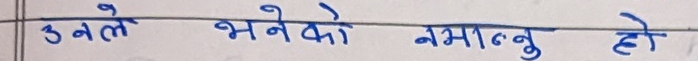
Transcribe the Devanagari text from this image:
उनले भनेको नमान्नु हो